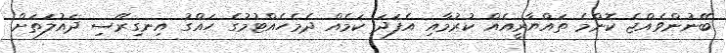
ބޭނުންވެއްޖެ ކޮންމެ ތައްޔާރީއެއް ކުރުމާއި އެފަދަ ކަމެއް ދެމެހެއްޓުމުގެ ހައްގު އިނގިރޭސި ދައުލަތަށް